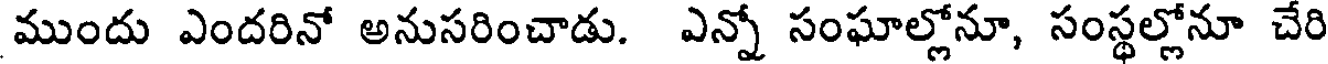
ముందు ఎందరినో అనుసరించాడు. ఎన్నో సంఘాల్లోనూ, సంస్థల్లోనూ చేరి